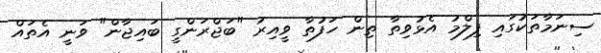
ސިނަމާތަކުގައި ފިލްމު އެޅުވިތާ ތިން ހަފުތާ ވީއިރު "ބަޖްރަންގީ ބައިޖާން" ވަނީ އެތައް